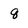
Character: q